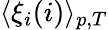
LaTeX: \langle\xi_{i}(i)\rangle_{p,T}